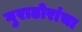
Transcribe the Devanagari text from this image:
गुराढोरांचा